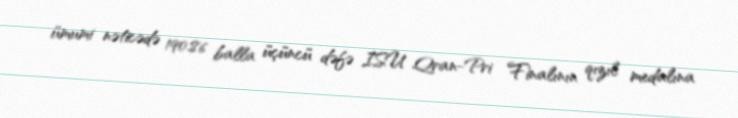
ümumi nəticədə 190.86 balla üçüncü dəfə ISU Qran-Pri Finalının qızıl medalına